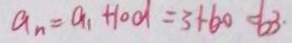
a _ { n } = a _ { 1 } + 1 0 d = 3 + 6 0 = 6 3 .